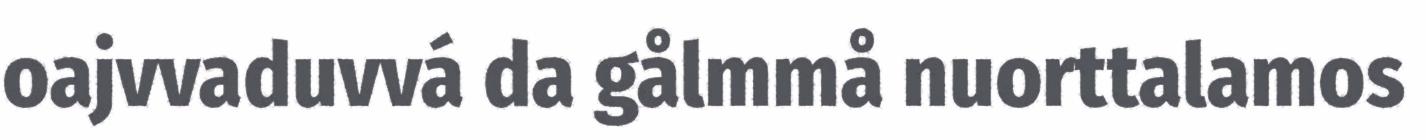
oajvvaduvvá da gålmmå nuorttalamos